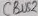
Text: CBUS2